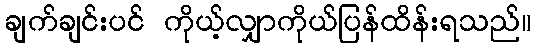
ချက်ချင်းပင် ကိုယ့်လျှာကိုယ်ပြန်ထိန်းရသည်။